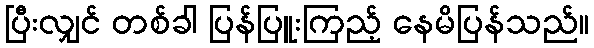
ပြီးလျှင် တစ်ခါ ပြန်ပြူးကြည့် နေမိပြန်သည်။